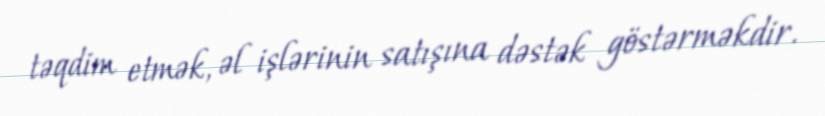
təqdim etmək, əl işlərinin satışına dəstək göstərməkdir.